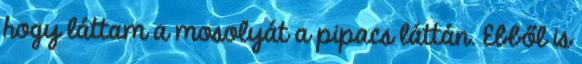
hogy láttam a mosolyát a pipacs láttán. Ebből is